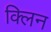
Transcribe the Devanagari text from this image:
क्‍लिन